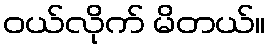
ဝယ်လိုက် မိတယ်။